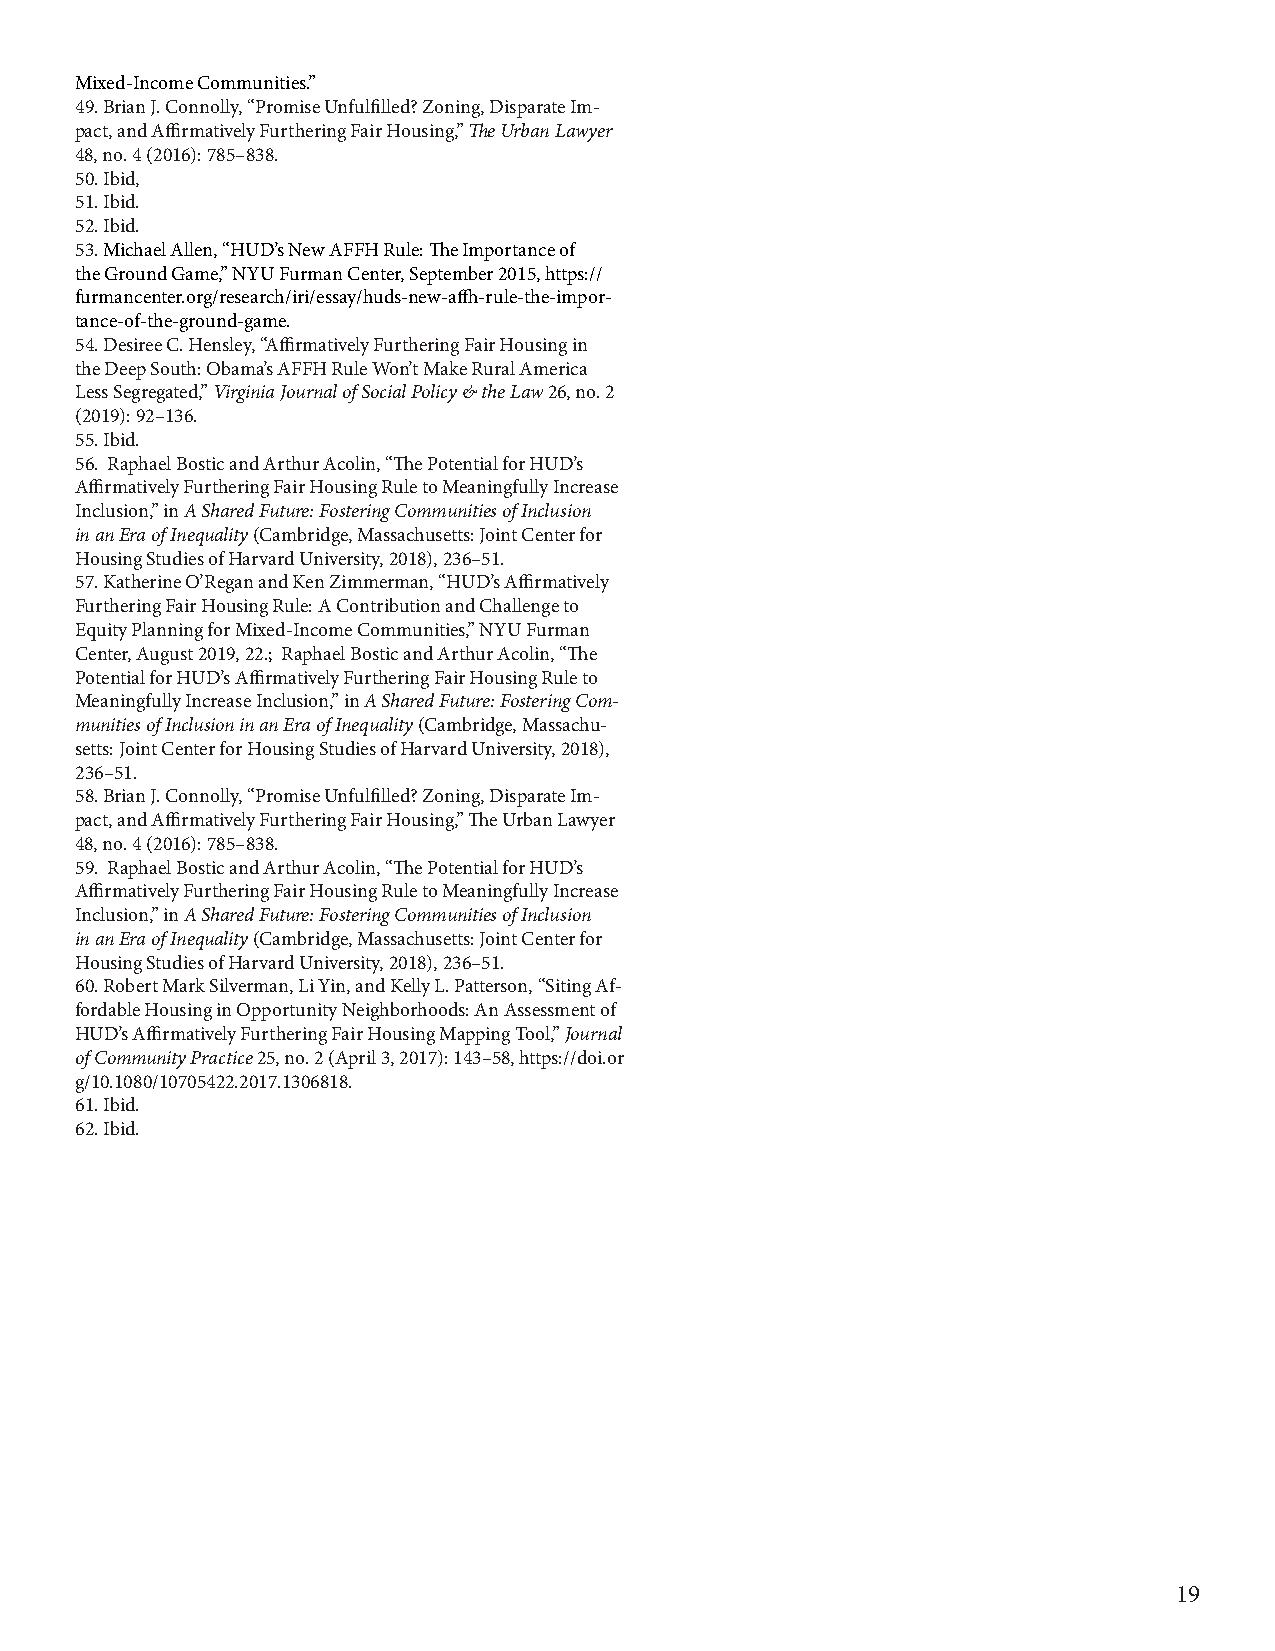
Mixed-Income Communities.”
 49. Brian J. Connolly, “Promise Unfulfilled? Zoning, Disparate Im-
 pact, and Affirmatively Furthering Fair Housing,” The Urban Lawyer
 48, no. 4 (2016): 785–838.
 50. Ibid,
 51. Ibid.
 52. Ibid.
 53. Michael Allen, “HUD’s New AFFH Rule: The Importance of
 the Ground Game,” NYU Furman Center, September 2015, https://
 furmancenter.org/research/iri/essay/huds-new-affh-rule-the-impor-
 tance-of-the-ground-game.
 54. Desiree C. Hensley, “Affirmatively Furthering Fair Housing in
 the Deep South: Obama’s AFFH Rule Won’t Make Rural America
 Less Segregated,” Virginia Journal of Social Policy & the Law 26, no. 2
 (2019): 92–136.
 55. Ibid.
 56. Raphael Bostic and Arthur Acolin, “The Potential for HUD’s
 Affirmatively Furthering Fair Housing Rule to Meaningfully Increase
 Inclusion,” in A Shared Future: Fostering Communities of Inclusion
 in an Era of Inequality (Cambridge, Massachusetts: Joint Center for
 Housing Studies of Harvard University, 2018), 236–51.
 57. Katherine O’Regan and Ken Zimmerman, “HUD’s Affirmatively
 Furthering Fair Housing Rule: A Contribution and Challenge to
 Equity Planning for Mixed-Income Communities,” NYU Furman
 Center, August 2019, 22.; Raphael Bostic and Arthur Acolin, “The
 Potential for HUD’s Affirmatively Furthering Fair Housing Rule to
 Meaningfully Increase Inclusion,” in A Shared Future: Fostering Com-
 munities of Inclusion in an Era of Inequality (Cambridge, Massachu-
 setts: Joint Center for Housing Studies of Harvard University, 2018),
 236–51.
 58. Brian J. Connolly, “Promise Unfulfilled? Zoning, Disparate Im-
 pact, and Affirmatively Furthering Fair Housing,” The Urban Lawyer
 48, no. 4 (2016): 785–838.
 59. Raphael Bostic and Arthur Acolin, “The Potential for HUD’s
 Affirmatively Furthering Fair Housing Rule to Meaningfully Increase
 Inclusion,” in A Shared Future: Fostering Communities of Inclusion
 in an Era of Inequality (Cambridge, Massachusetts: Joint Center for
 Housing Studies of Harvard University, 2018), 236–51.
 60. Robert Mark Silverman, Li Yin, and Kelly L. Patterson, “Siting Af-
 fordable Housing in Opportunity Neighborhoods: An Assessment of
 HUD’s Affirmatively Furthering Fair Housing Mapping Tool,” Journal
 of Community Practice 25, no. 2 (April 3, 2017): 143–58, https://doi.or
 g/10.1080/10705422.2017.1306818.
 61. Ibid.
 62. Ibid.
 19